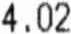
4.02